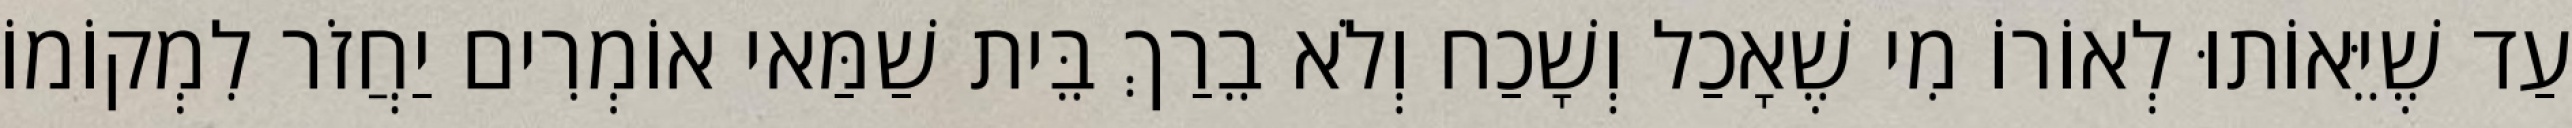
עַד שֶׁיֵּאוֹתוּ לְאוֹרוֹ מִי שֶׁאָכַל וְשָׁכַח וְלֹא בֵרַךְ בֵּית שַׁמַּאי אוֹמְרִים יַחֲזֹר לִמְקוֹמוֹ